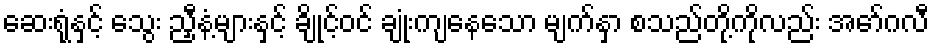
ဆေးရုံနှင့် သွေး ညှီနံ့များနှင့် ချိုင့်ဝင် ချုံးကျနေသော မျက်နှာ စသည်တို့ကိုလည်း အော်ဂလီ